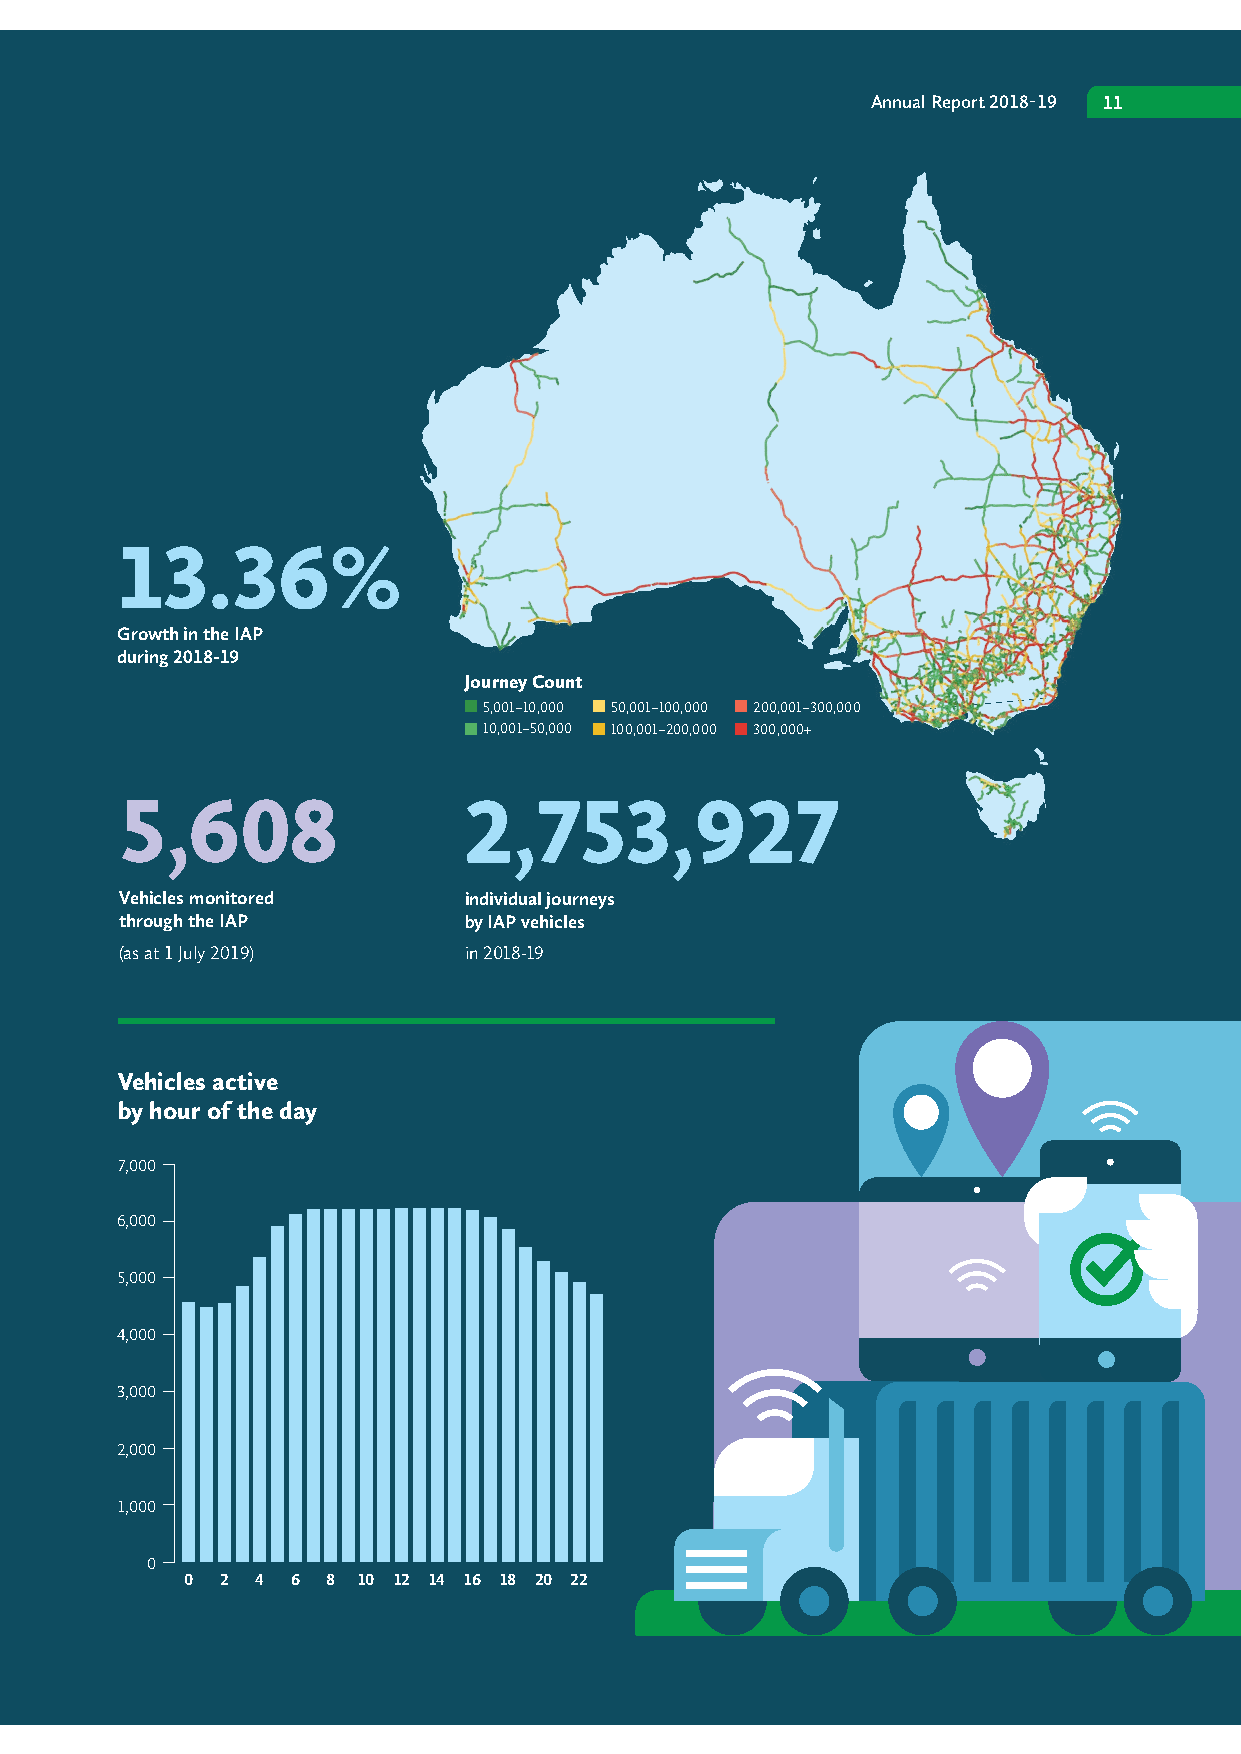
Annual Report 2018-19 11
 Monitored vehicles Monitored vehicles
 by jurisdiction of registration by vehicle type
 WA ACT Tow Truck
 5.46% 0.35% 0.02%
 13.36%
 SPV
 19.32%  Growth in the IAP
 VIC     during 2018-19
 NSW
 21.39% 37.02% Semi             Journey Count
 TAS Trailer B Double            5,001–10,000 50,001–100,000 200,001–300,000
 2.87% 15.30% 55.99%             10,001–50,000 100,001–200,000 300,000+
 5,608                  2,753,927
 SA Road Train
 5.75% 27.54%
 QLD
 30.36% NT
 0.18%   Vehicles monitored     individual journeys
 Rigid Vehicle and Trailer through the IAP by IAP vehicles
 1.90%   (as at 1 July 2019)    in 2018-19
 Average distance travelled Average distance travelled Vehicles active
 per freight vehicle per month (km) per Special Purpose Vehicle per month (km) by hour of the day
 7,000
 12,000 700
 6,000
 600
 10,000
 5,000
 500
 8,000
 4,000
 400
 6,000
 300     3,000
 4,000
 200     2,000
 2,000
 100     1,000
 0 0       0
 Jul Aug Sep OctNovDec Jan Feb Mar Apr May Jun Jul Aug Sep Oct NovDec Jan Feb Mar Apr May Jun 0 2 4 6 8 10 12 14 16 18 20 22